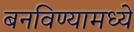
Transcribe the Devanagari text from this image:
बनविण्यामध्ये